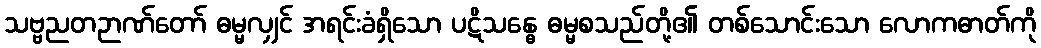
သဗ္ဗညတဉာဏ်တော် ဓမ္မလျှင် အရင်းခံရှိသော ပဋိသန္ဓေ ဓမ္မစသည်တို့၏ တစ်သောင်းသော လောကဓာတ်ကို